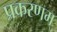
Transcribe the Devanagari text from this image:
प्रकरणम्‌